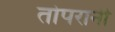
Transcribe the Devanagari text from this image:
तोपरानी